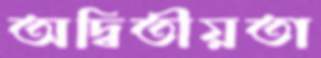
অদ্বিতীয়তা